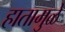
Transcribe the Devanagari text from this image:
हातामुळे